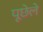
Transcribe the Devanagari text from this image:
पूछेले